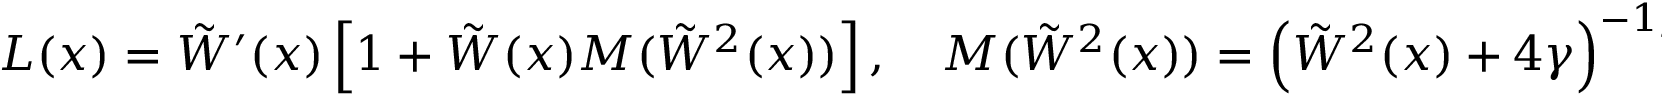
L ( x ) = \tilde { W } ^ { \prime } ( x ) \left[ 1 + \tilde { W } ( x ) M ( \tilde { W } { } ^ { 2 } ( x ) ) \right] , \quad M ( \tilde { W } { } ^ { 2 } ( x ) ) = \left( \tilde { W } ^ { 2 } ( x ) + 4 \gamma \right) ^ { - 1 / 2 } .